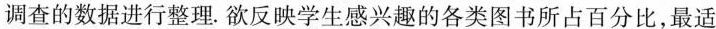
调查的数据进行整理。欲反映学生感兴趣的各类图书所占百分比，最适